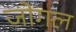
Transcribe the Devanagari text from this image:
जोगल